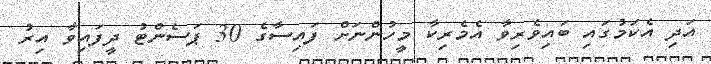
އަދި އެކަމުގައި ބައިވެރިވާ އެމެރިކާ މީހުންނަށް ފައިސާގެ 30 ޕަސެންޓު ދީފައިވާ އިރު